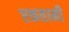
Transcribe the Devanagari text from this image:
एकतानी